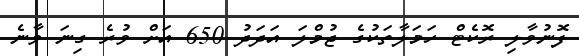
ފޮނުވާލި ރޮކެޓް ހަމަލާތަކުގެ ޖުމްލަ އަދަދު 650 އަށް ވުރެ ގިނަ ވާނެ